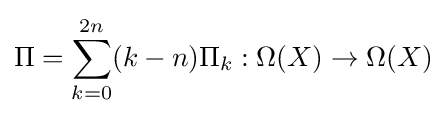
\Pi =\sum _{k=0}^{2n}(k-n)\Pi _{k}:\Omega (X)\to \Omega (X)